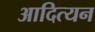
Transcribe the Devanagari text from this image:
आदित्यन